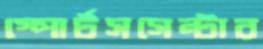
স্পোর্টসসেন্টার